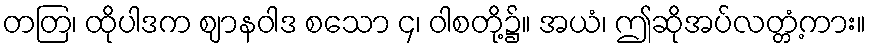
တတြ၊ ထိုပါဒက ဈာနဝါဒ စသော ၄၊ ဝါစတို့၌။ အယံ၊ ဤဆိုအပ်လတ္တံ့ကား။